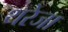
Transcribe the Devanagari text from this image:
थरेजा